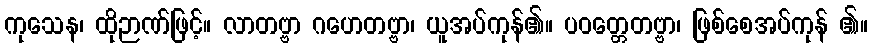
ကုသေန၊ ထိုဉာဏ်ဖြင့်။ လာတဗ္ဗာ ဂဟေတဗ္ဗာ၊ ယူအပ်ကုန်၏။ ပဝတ္တေတဗ္ဗာ၊ ဖြစ်စေအပ်ကုန် ၏။